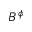
B ^ { \phi }